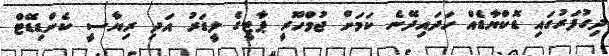
ދިގުފަރުގައި ޑޮކްޔާޑެއް ހަދައިދޭނެ ކަމަށް ޖުމްހޫރީ ޕާޓީގެ ލީޑަރު އަދި ރިޔާސީ ކެންޑިޑޭޓް